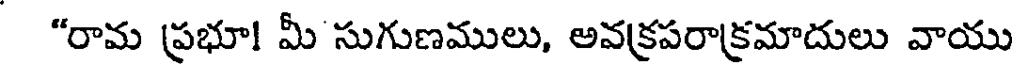
"రామ ప్రభూ! మీ సుగుణములు, అవక్రపరాక్రమాదులు వాయు